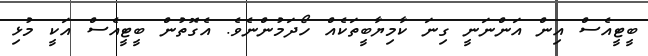
ބީޓީއެސް އިން އަންނަނީ ގިނަ ކާމިޔާބީތަކެއް ހޯދަމުންނެވެ. އެގޮތުން ބީޓީއެސް އަކީ މުޅި